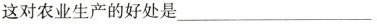
这对农业生产的好处是___